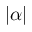
\left| \alpha \right|